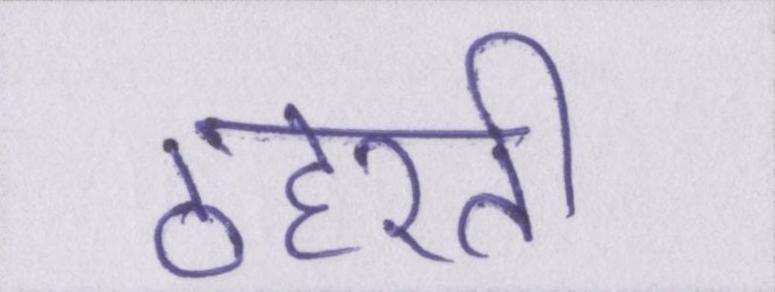
ठहरती